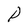
Character: P